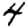
Digit: 4